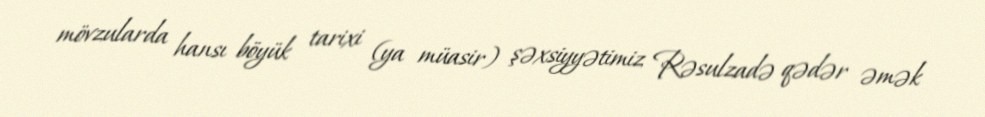
mövzularda hansı böyük tarixi (ya müasir) şəxsiyyətimiz Rəsulzadə qədər əmək